Laidoner,_Johan, lk 138
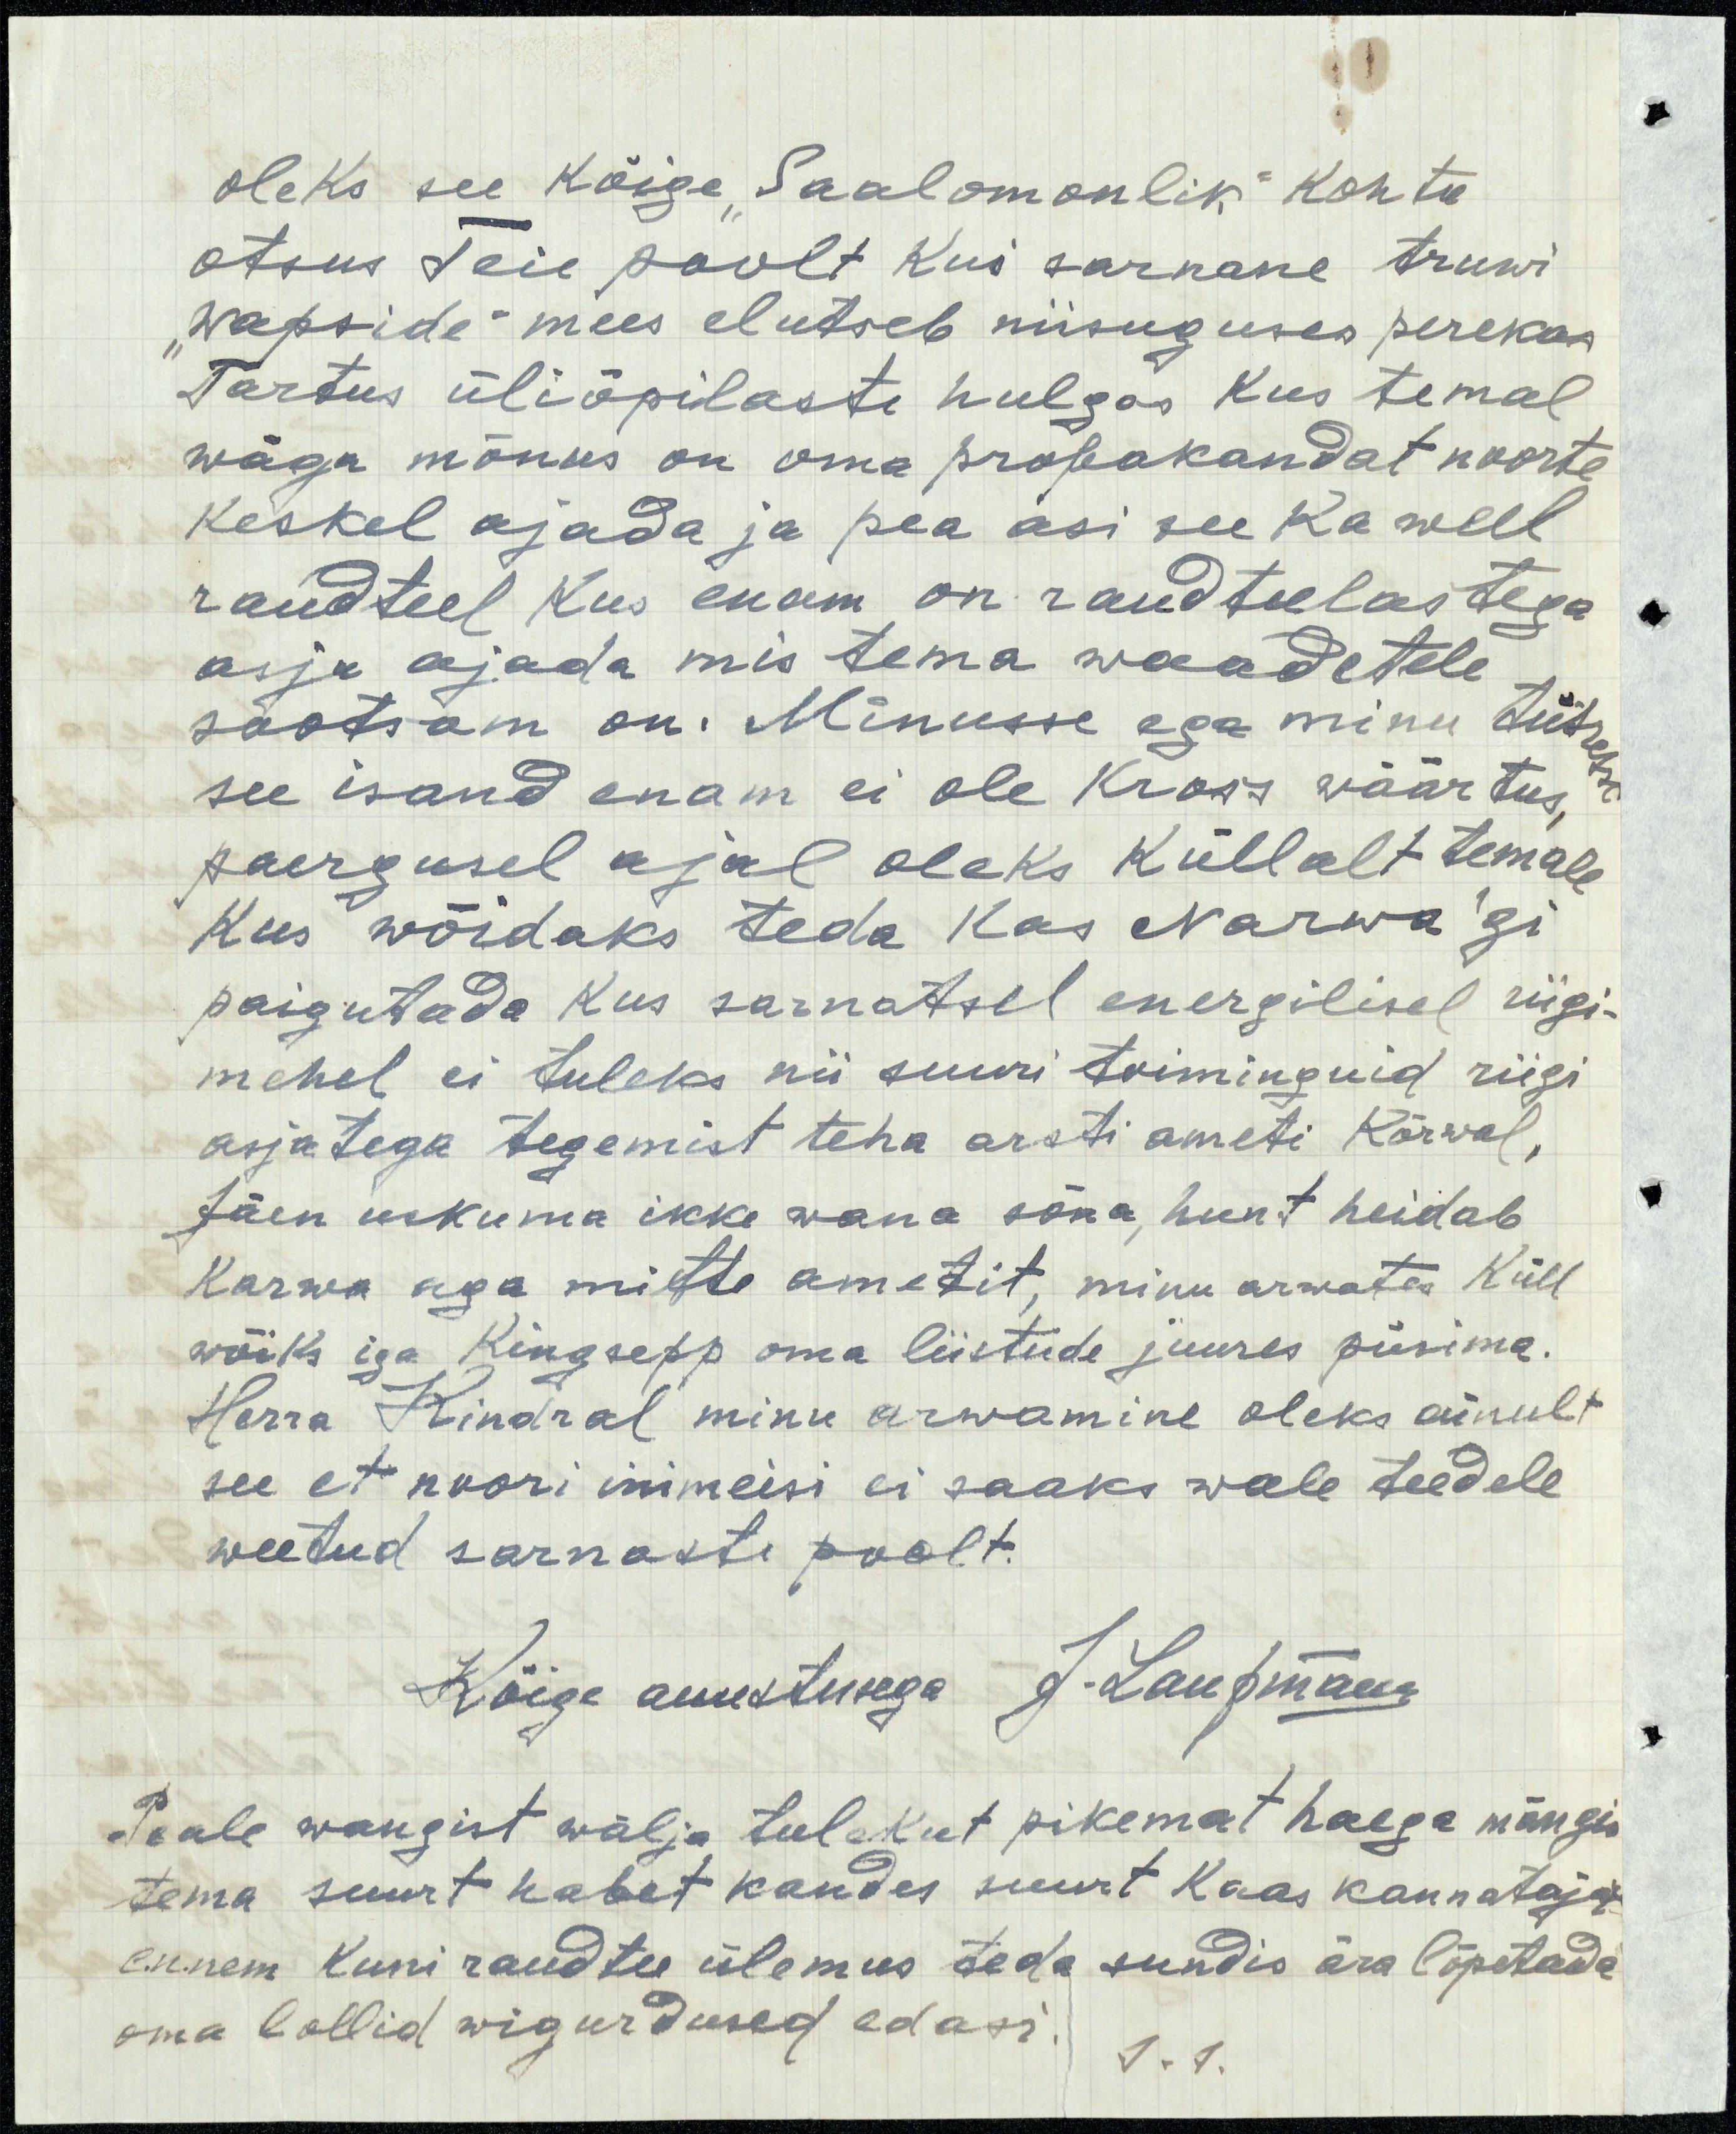
oleks see kõige "Saalomonlik" kohtu
otsus Teie poolt kui sarnane truwi,
"wapside" mees elutseb niisuguses perekas
Tartus üliõpilaste hulgas kus temal
wäga mõnus on oma propakandat noorte
Keskel ajada ja pea asi see ka weel
raudteel kus enam on raudteelastega
asja ajada mis tema waadetele
sootsam on. Minusse ega minu tütre
see isand enam ei ole Kross wäärtus,
paegusel ajal oleks küllalt temale
kus wõidaks teda kas Narwa`gi
paigutada kus sarnatsel energilisel riigi-
mehel ei tuleks nii suuri toiminguid riigi
asjatega tegemist teha arsti ameti Kõrwal,
Jäen uskuma ikke wana sõna, hunt heidab
karwa aga mitte ametit, minu arwates Küll
wõiks iga Kingsepp oma liistude juures püsima.
Herra Kindral minu arwamine oleks ainult
see et noori inimeisi ei saaks wale teedele
weetud sarnaste poolt.
Kõige auustusega J.Laupmann
Peale wangist wälja tulekut pikemat haega mängis
tema suurt habet kandes suurt kaas kannatajat
ennem kuni raudtee ülemus teda sundis ära lõpetada
oma lollid wigurdused edasi.
J.L.